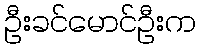
ဦးခင်မောင်ဦးက